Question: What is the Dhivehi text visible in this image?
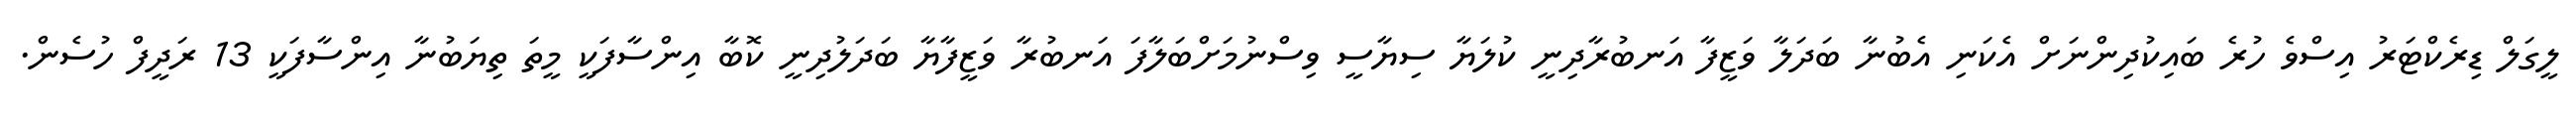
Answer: ލީގަލް ޑިރެކްޓަރު އިސްވެ ހުރެ ބައިކުދިންނަށް އެކަނި އެބުނާ ބަދަލާ ވަޒީފާ އަނބުރާދިނީ ކުލަޔާ ސިޔާސީ ވިސްނުމަށްބަލާފަ އަނބުރާ ވަޒީފާޔާ ބަދަލުދިނީ ކޮބާ އިންސާފަކީ މީތަ ތިޔަބުނާ އިންސާފަކީ 13 ރަދީފް ހުސެން.